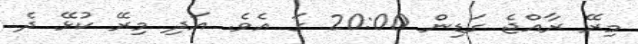
މިރޭ ރާއްޖެ ގަޑިން 20:00 ގަ އެވެ. އަދި މިރޭ ކުޅޭ ދެ